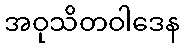
အဝုသိတဝါဒေန